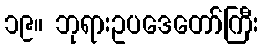
၁၉။ ဘုရားဥပဒေတော်ကြီး